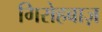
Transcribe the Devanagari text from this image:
गिरोहबाज़